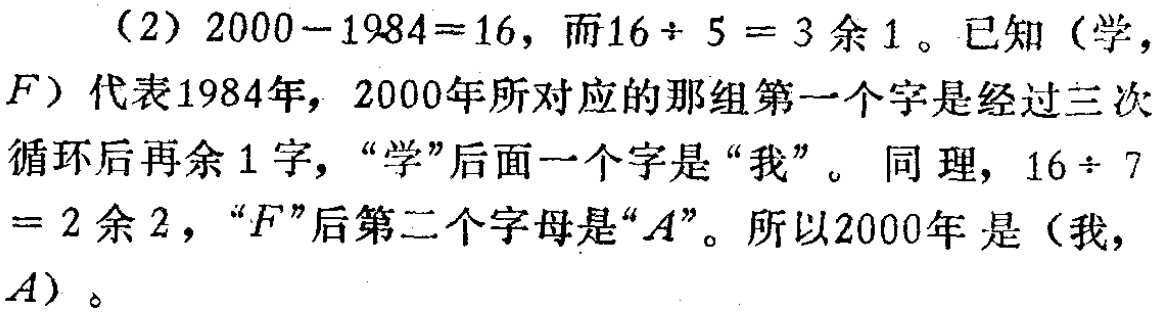
（2）$2000 - 1984 = 16$，而$16\div5 = 3$余$1$。已知（学，$F$）代表1984年，2000年所对应的那组第一个字是经过三次循环后再余$1$字，“学”后面一个字是“我”。同理，$16\div7 = 2$余$2$，“$F$”后第二个字母是“$A$”。所以2000年是（我，$A$）。